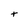
Character: t